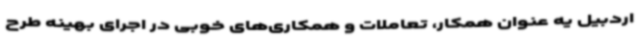
اردبیل یه عنوان همکار، تعاملات و همکاری‌های خوبی در اجرای بهینه طرح